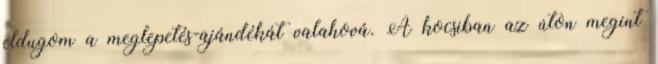
eldugom a meglepetés-ajándékát valahová. A kocsiban az úton megint